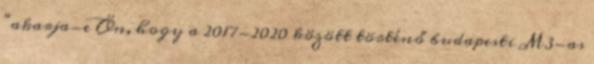
"akarja-e Ön, hogy a 2017-2020 között történő budapesti M3-as